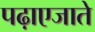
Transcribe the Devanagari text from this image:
पढ़ाएजाते